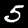
Digit: 5